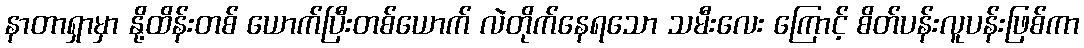
နာတာရှာမှာ နို့ထိန်းတစ် ယောက်ပြီးတစ်ယောက် လဲတိုက်နေရသော သမီးလေး ကြောင့် စိတ်ပန်းလူပန်းဖြစ်ကာ